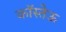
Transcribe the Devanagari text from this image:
कॉस्तेऊ